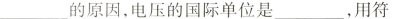
___的原因，电压的国际单位是___，用符